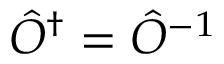
\hat { O } ^ { \dagger } = \hat { O } ^ { - 1 }